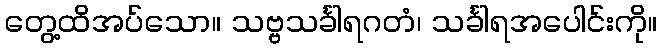
တွေ့ထိအပ်သော။ သဗ္ဗသင်္ခါရဂတံ၊ သင်္ခါရအပေါင်းကို။